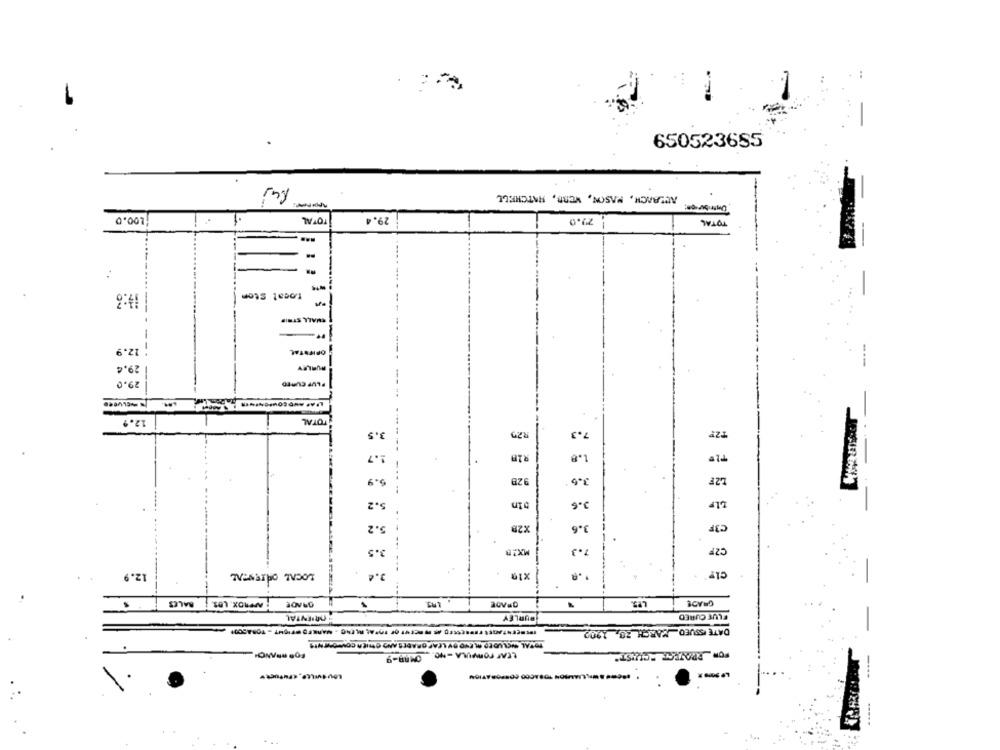
650523685
Ruj
ACERACH, MASON, WEBB, HATCHELL
TOTAL
29.4
20.0
TOTAL
Local Stom
CHALL STRIP
---
".
12.9
--
29.4
HURLEY
29.0
PLUP CURTO
-M
12.9
TOTAL
3.5
925
7.3
TZP
1.7
--
1.8
5.9
92B
L2F
5.2
bin
5.2
3.6
₾3F
X28
2.5
C2F
MX2R
.
12.9
LOCAL ORIENTAL
x19
BALES
NPRDX. LOS.
OPADE
LPS.
GRADE
PURLEY
FLUE CURED
DATE ISSUED MARCH 28, 1902
TOTAL INCLUDED AL END BY LEAF GRADES AND CHICA COMPONENTS
LEAF FORMULA -NO, OMAR-9
·#####-LIALS04 TOBACCO CORPORATION